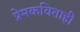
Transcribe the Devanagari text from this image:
प्रेमकविताही